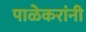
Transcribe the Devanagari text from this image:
पाळेकरांनी